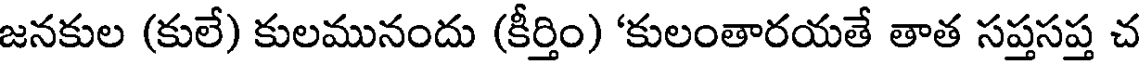
జనకుల (కులే) కులమునందు (కీర్తిం) 'కులంతారయతే తాత సప్తసప్త చ